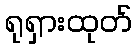
ရုရှားထုတ်